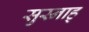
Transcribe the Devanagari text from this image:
सुस्नाह्